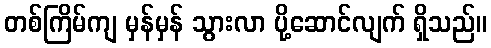
တစ်ကြိမ်ကျ မှန်မှန် သွားလာ ပို့ဆောင်လျက် ရှိသည်။